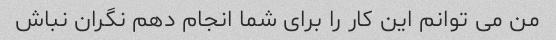
من می توانم این کار را برای شما انجام دهم نگران نباش